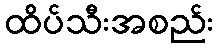
ထိပ်သီးအစည်း